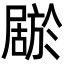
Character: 𫵦